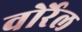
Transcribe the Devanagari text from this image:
वोर्रेल